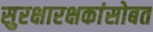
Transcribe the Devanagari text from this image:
सुरक्षारक्षकांसोबत